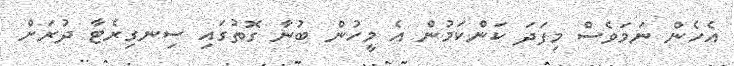
އެހެން ނަމަވެސް މިފަދަ ކަންކަމުން އެ މީހުން ބުނާ ގޮތުގައި ސިނގިރެޓާ ދުރަށް